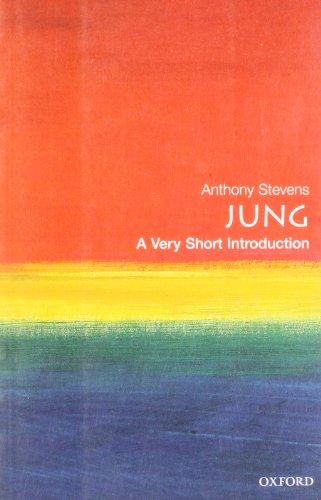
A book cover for Jung: A Very Short Introduction; Anthony Stevens; Medical Books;